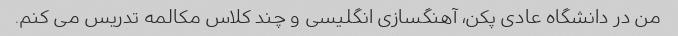
من در دانشگاه عادی پکن، آهنگسازی انگلیسی و چند کلاس مکالمه تدریس می کنم.